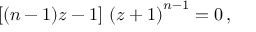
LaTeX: \left[ ( n - 1 ) z - 1 \right] \, \left( z + 1 \right) ^ { n - 1 } = 0 \, ,